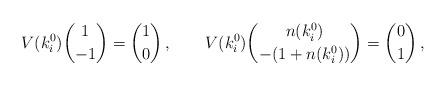
LaTeX: \begin{align*} V(k^0_i){1\choose -1}={1\choose 0}\, ,\qquad V(k^0_i){n(k^0_i)\choose -(1+n(k^0_i))}={0\choose 1}\, ,\end{align*}